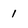
Character: 1